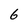
Character: 6